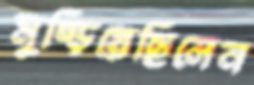
মুষ্‌ড়িয়েছিলেন